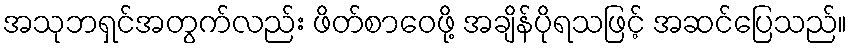
အသုဘရှင်အတွက်လည်း ဖိတ်စာဝေဖို့ အချိန်ပိုရသဖြင့် အဆင်ပြေသည်။